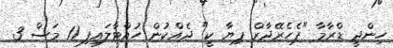
ހިންދީ ޑްރާމާ "ޕެހެރޭދާރް ޕިޔާ ކީ" ދެއްކުން ހުއްޓާލައިފި 11 މަސް 3